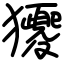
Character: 獿